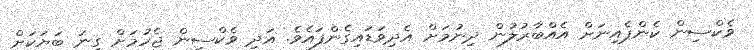
ވެކްސިން ކެންޕެއިނަށް އެއްބާރުލުން ދިނުމަށް އެދިވަޑައިގެންފައެވެ. އަދި ވެކްސިން ޖެހުމަށް ގިނަ ބަޔަކަށް